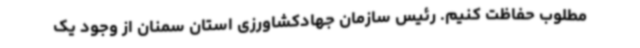
مطلوب حفاظت کنیم. رئیس سازمان جهادکشاورزی استان سمنان از وجود یک